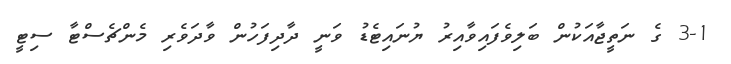
3-1 ގެ ނަތީޖާއަކުން ބަލިވެފައިވާއިރު ޔުނައިޓެޑު ވަނީ ދާދިފަހުން ވާދަވެރި މެންޗެސްޓާ ސިޓީ